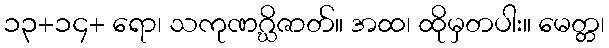
၁၃+၁၄+ ရော၊ သကုဏဂ္ဃိဇာတ်။ အထ၊ ထိုမှတပါး။ မေတ္တ၊